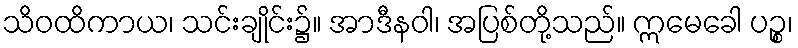
သိဝထိကာယ၊ သင်းချိုင်း၌။ အာဒီနဝါ၊ အပြစ်တို့သည်။ ဣမေခေါ ပဉ္စ၊